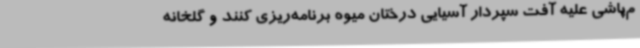
م‌پاشی علیه آفت سپردار آسیایی درختان میوه برنامه‌ریزی کنند و گلخانه